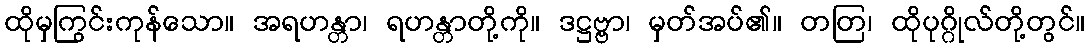
ထိုမှကြွင်းကုန်သော။ အရဟန္တာ၊ ရဟန္တာတို့ကို။ ဒဋ္ဌဗ္ဗာ၊ မှတ်အပ်၏။ တတြ၊ ထိုပုဂ္ဂိုလ်တို့တွင်။